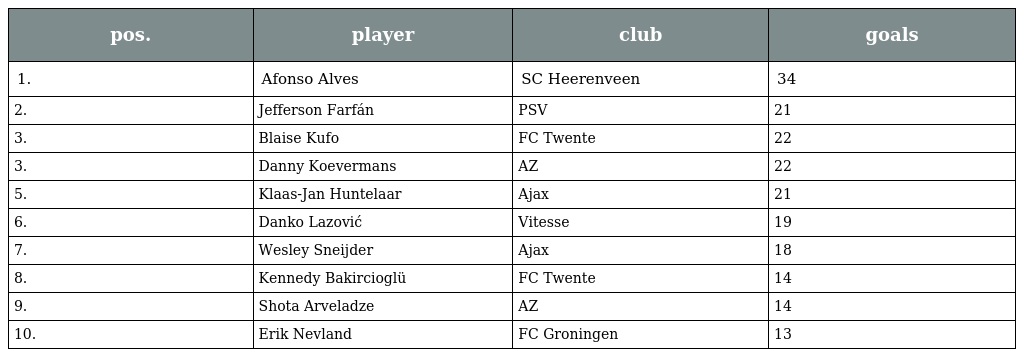
| pos. | player | club | goals |
 | --- | --- | --- | --- |
 | 1. | Afonso Alves | SC Heerenveen | 34 |
 | 2. | Jefferson Farfán | PSV | 21 |
 | 3. | Blaise Kufo | FC Twente | 22 |
 | 3. | Danny Koevermans | AZ | 22 |
 | 5. | Klaas-Jan Huntelaar | Ajax | 21 |
 | 6. | Danko Lazović | Vitesse | 19 |
 | 7. | Wesley Sneijder | Ajax | 18 |
 | 8. | Kennedy Bakircioglü | FC Twente | 14 |
 | 9. | Shota Arveladze | AZ | 14 |
 | 10. | Erik Nevland | FC Groningen | 13 |